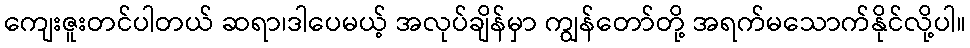
ကျေးဇူးတင်ပါတယ် ဆရာ၊ဒါပေမယ့် အလုပ်ချိန်မှာ ကျွန်တော်တို့ အရက်မသောက်နိုင်လို့ပါ။